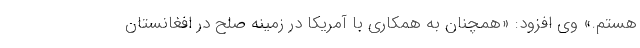
هستم.» وی افزود: «همچنان به همکاری با آمریکا در زمینه صلح در افغانستان